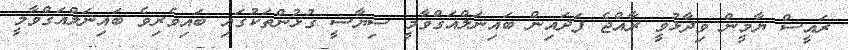
ރައީސް ޔާމީން ވިދާޅުވީ ރާއްޖެ ފަދައިން ބައިނަލްއަގްވާމީ ސިޔާސީ ގުޅުންތަކުގައި ބައިވެރިވެ ބައިނަލްއަގްވާމީ